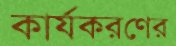
কার্যকরণের